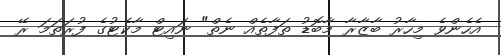
އެހެންވެ މިހާރު ބާޒާރާ މާބޮޑު ތަފާތެއް ނެތް" ނައިޓް މާކެޓުގެ ފުރަތަމަ ރޭ